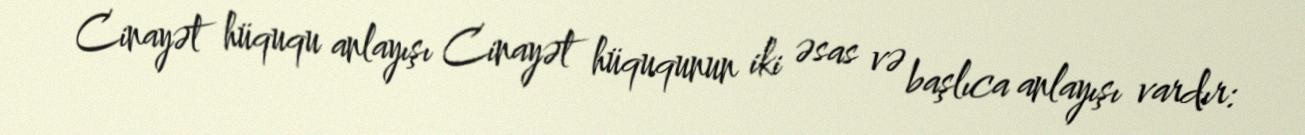
Cinayət hüququ anlayışı Cinayət hüququnun iki əsas və başlıca anlayışı vardır: